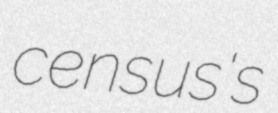
census's